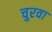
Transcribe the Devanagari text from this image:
चुरवा